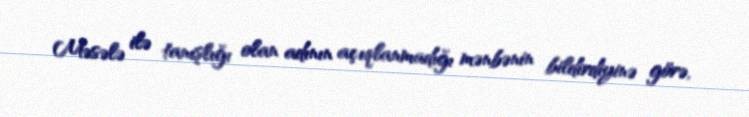
Məsələ ilə tanışlığı olan adının açıqlanmadığı mənbənin bildirdiyinə görə,